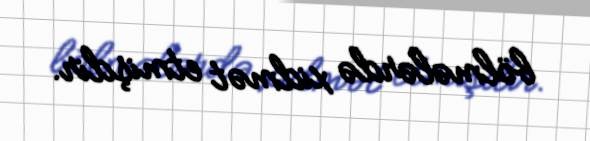
bölmələrdə xidmət etmişdir.